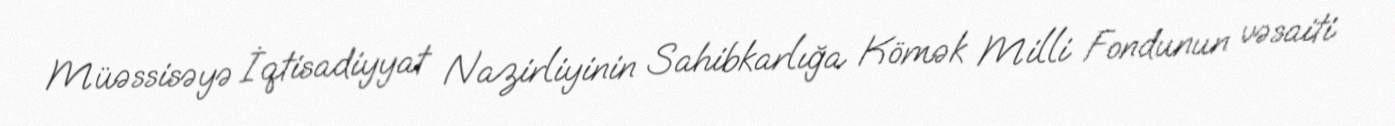
Müəssisəyə İqtisadiyyat Nazirliyinin Sahibkarlığa Kömək Milli Fondunun vəsaiti